Report of the Municipal Commissioner on the plague in Bombay for the year ending 31st May... - Volume 2
Disease focus: Plague
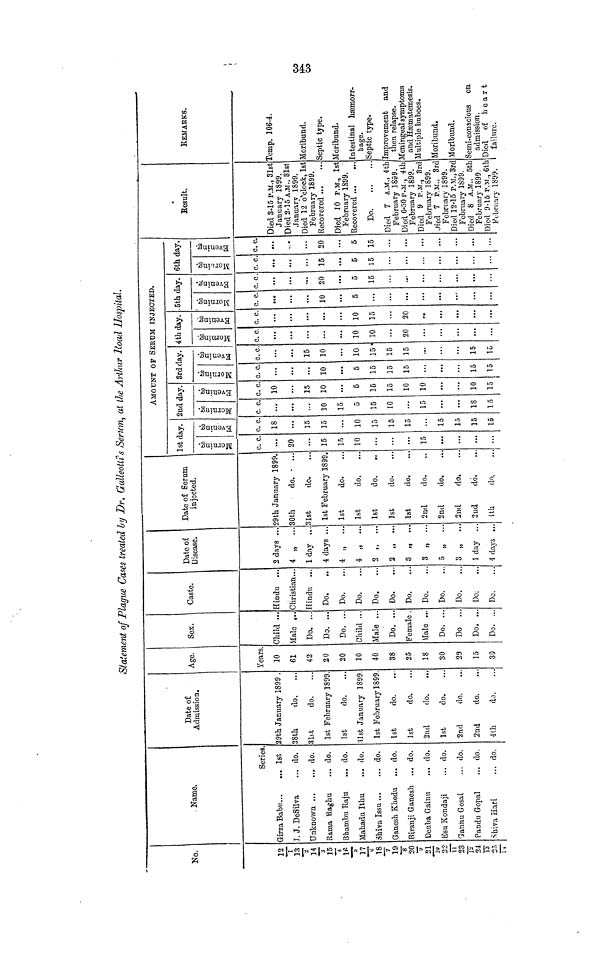
Statement of Plague Cases treated by Dr. Galleotti's Serum, at the Arthur Road Hospital.
No.
12/1
13/2
14
¿
15/4
16/5
17/6
18
7
19
8
20
y
21/10
22/11
23/12
24
13
25/14
Name.
Series
Girza Babu...
... 1st
T. J. DeSilva
... do.
Unknown
do.
Rama Raghu ... do.
Bhambu Raju
... do.
Mahadu Ithu
... do.
Shiva Issu
do.
Ganesh Khedu
... do.
Biranji Ganesh ... do.
Deuba Gainu
... do.
Esu Kondaji
... do.
Gannu Gosai
... do.
Pandu Gopal
... do.
Shiva Hari
... do.
Date of
Admission.
29th January 1899 .
28th
do,
31st
do.
1st February 1899.
1st
do.
31st January 1899.
1st February 1899.
1st
do.
1st
do.
2nd
do.
1st
do.
2nd
do.
2nd
do.
4th
do.
Age.
Years.
10
61
42
20
20
10
40
38
25
18
30
29
15
30
Ses.
Child ..
Male ,.
Do. ...
Do. ...
Do. ..
Child ..
Male ..
Do. ..
Female .
Víalo ..
Do. ...
Do ..
Do. ..
Do. ...
Caste.
Hindu ...
Christian...
Hindu ...
Do.
Do.
Do.
Do.
Do.
Do.
Do.
Do.
Do.
Do:
Do.
Date of
Disease.
2 days ...
4 „
...
1 day ...
4 days ...
4 „
...
4 „
...
2 „
...
2 „ ...
3 „ ...
3 „ ...
5 „ ...
3 „ ...
1 day ...
4 days ...
Date of Serum
injected.
29th January 1899.
30th
do.
...
31st
do.
1st February 1899.
1st
do.
1st
do.
1st
do.
..
1st
do.
1st
do.
2nd
do.
2nd
do.
2nd
do,
2nd
do.
1th
do.
1st day.
Morning.
c. c.
...
20
...
15
15
10
...
15
...
...
Evening.
c. c.
18
15
15
...
10
15
15
15
...
15
15
15
15
AMOUNT OF SEBUM INJECTED.
2nd day.
Morning.
c c.
...
...
10
15
5
15
10
...
15
18
15
Evening.
c. c.
10
15
10
5
15
15
10
10
10
15
3rd day.
Morning.
c. c.
...
10
5
15
15
15
15
15
Evening.
c. c.
15
10
10
IB-
IS
15
15
15
4th day.
Morning.
c. c.
...
10
10
20
...
Evening.
c. c.
...
10
15
20
...
5th day.
Morning.
c. c.
10
5
...
...
Evening.
c. c.
20
5
15
6th day.
Morning.
c. c.
15
5
15
Evening.
c. c.
20
5
15
Result.
Died 3-15 P.M., 31st
January 1899.
Died 2-15 A.M., 31st
January 1899.
Died 12 o'clock, 1st
February 1899.
Recovered
Died 10 P.M., 1st
February 1899.
Recovered ...
...
Do
Died 7 A.M., 4th
February 1899.
Died 6-50 P.M., 4th
February 1899.
Died 9 P.M., 3rd
February 1899.
Died 7 P.M., 3rd
February 1899.
Died 12-15 P.M., 3rd
February 1899.
Died 8 A.M., 5th
February 1899.
Died 9-15 P.M., 6th
February 1899.
REMARKS.
Temp. 106-4.
Moribund.
Septic type.
Moribund.
Intestinal hæmorr-
hage.
Septic type.
Improvement
and
then relapse.
Meningeal symptoms
and Hæmatemesis.
Multiple buboes.
Moribund.
Moribund.
Semi-conscious
on
admission.
Died of heart
failure.
343